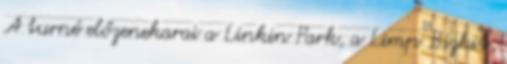
A turné előzenekarai a Linkin Park, a Limp Bizkit,